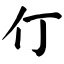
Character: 仃